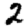
Digit: 2